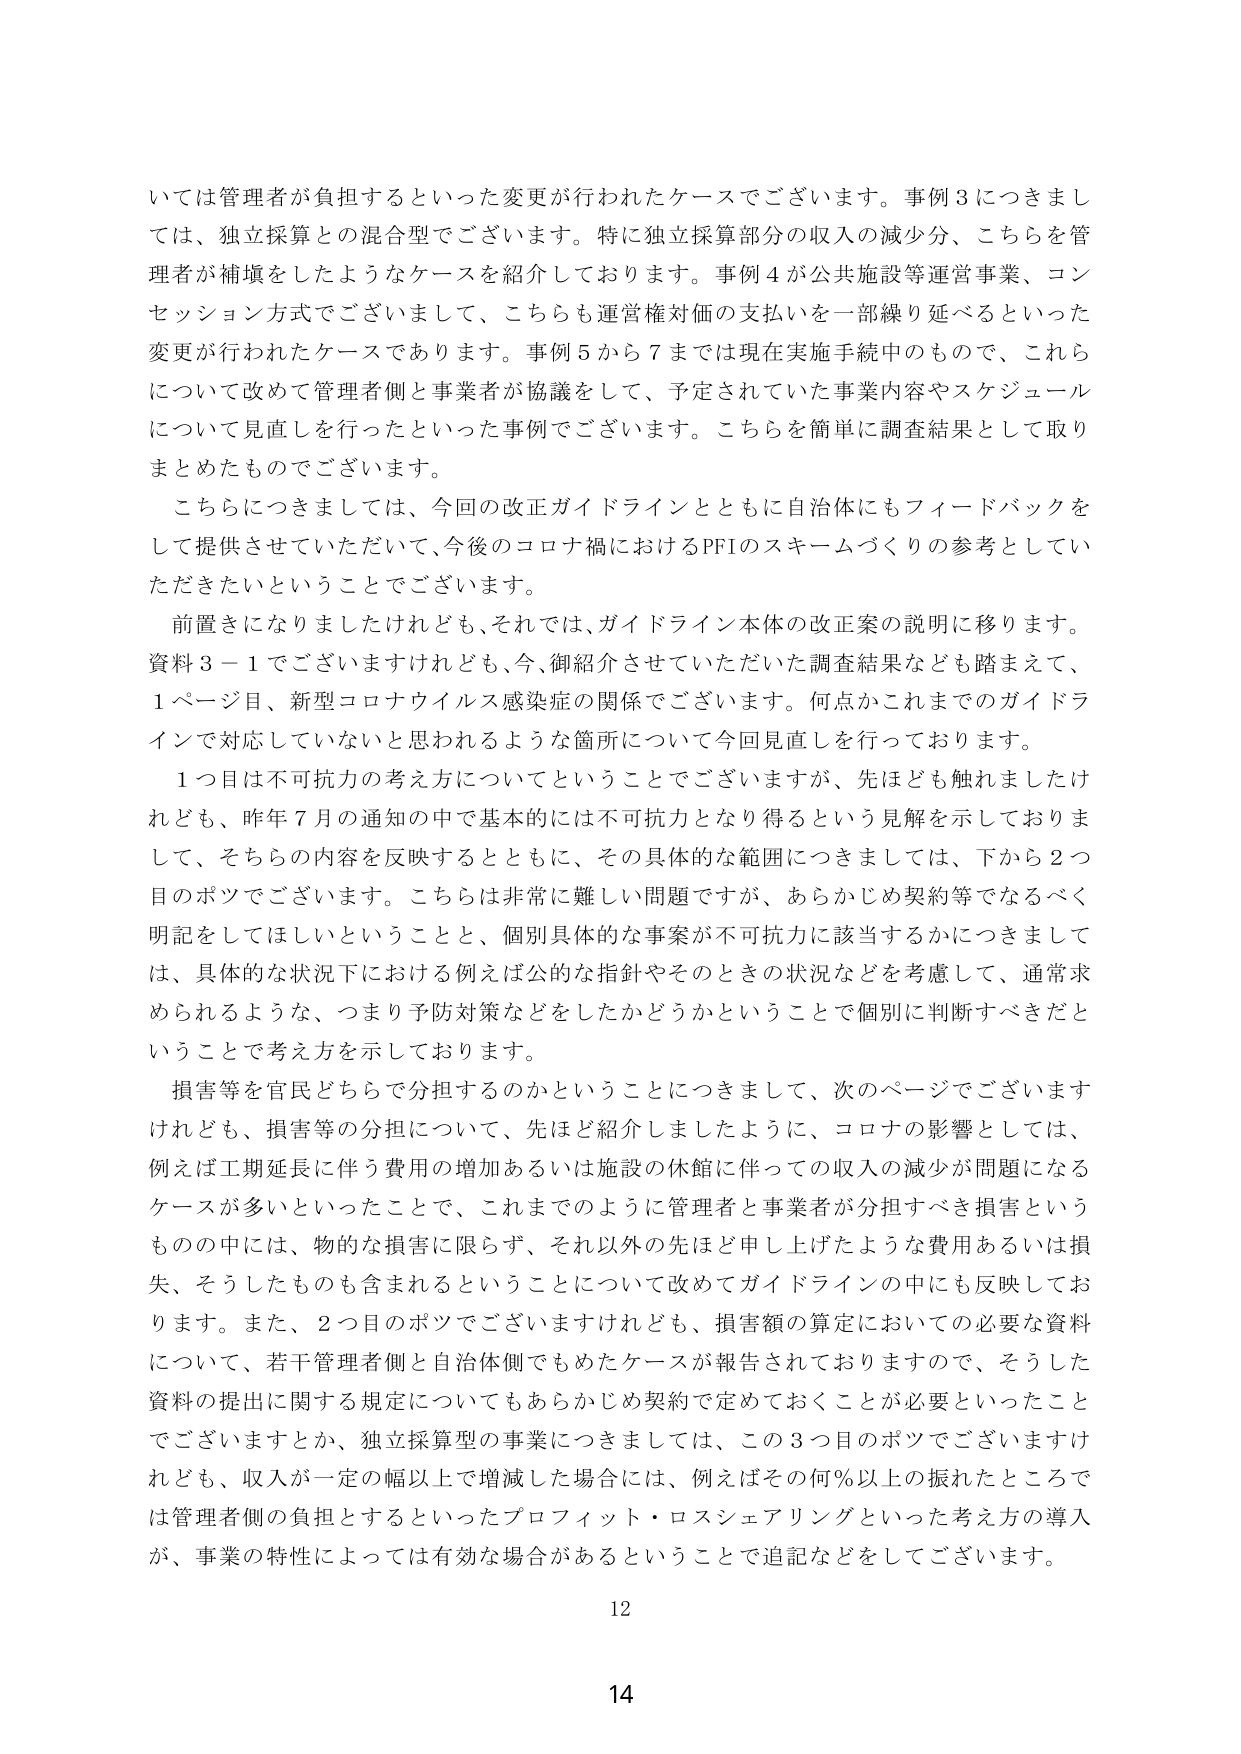
いては管理者が負担するといった変更が行われたケースでございます。事例３につきましては、独立採算との混合型でございます。特に独立採算部分の収入の減少分、こちらを管理者が補填をしたようなケースを紹介しております。事例４が公共施設等運営事業、コンセッション方式でございまして、こちらも運営権対価の支払いを一部繰り延べるといった変更が行われたケースであります。事例５から７までは現在実施手続中のもので、これらについて改めて管理者側と事業者が協議をして、予定されていた事業内容やスケジュールについて見直しを行ったといった事例でございます。こちらを簡単に調査結果として取りまとめたものでございます。

こちらにつきましては、今回の改正ガイドラインとともに自治体にもフィードバックをして提供させていただいて、今後のコロナ禍におけるPFIのスキームづくりの参考としていただきたいということでございます。

前置きになりましたけれども、それでは、ガイドライン本体の改正案の説明に移ります。資料３－１でございますけれども、今、御紹介させていただいた調査結果なども踏まえて、１ページ目、新型コロナウイルス感染症の関係でございます。何点かこれまでのガイドラインで対応していないと思われるような箇所について今回見直しを行っております。

１つ目は不可抗力の考え方についてということでございますが、先ほども触れましたけれども、昨年７月の通知の中で基本的には不可抗力となり得るという見解を示しておりまして、そちらの内容を反映するとともに、その具体的な範囲につきましては、下から２つ目のボツでございます。こちらは非常に難しい問題ですが、あらかじめ契約等でなるべく明記をしてほしいということと、個別具体的な事案が不可抗力に該当するかにつきましては、具体的な状況下における例えば公的な指針やそのときの状況などを考慮して、通常求められるような、つまり予防対策などをしたかどうかということで個別に判断すべきだということで考え方を示しております。

損害等を官民どちらで分担するのかということにつきまして、次のページでございますけれども、損害等の分担について、先ほど紹介しましたように、コロナの影響としては、例えば工期延長に伴う費用の増加あるいは施設の休館に伴っての収入の減少が問題になるケースが多いといったことで、これまでのように管理者と事業者が分担すべき損害というものの中には、物的な損害に限らず、それ以外の先ほど申し上げたような費用あるいは損失、そうしたものも含まれるということについて改めてガイドラインの中にも反映しております。また、２つ目のボツでございますけれども、損害額の算定においての必要な資料について、若干管理者側と自治体側でもめたケースが報告されておりますので、そうした資料の提出に関する規定についてもあらかじめ契約で定めておくことが必要といったことでございますとか、独立採算型の事業につきましては、この３つ目のボツでございますけれども、収入が一定の幅以上で増減した場合には、例えばその何％以上の振れたところでは管理者側の負担とするといったプロフィット・ロスシェアリングといった考え方の導入が、事業の特性によっては有効な場合があるということで追記などをしております。

12

14